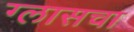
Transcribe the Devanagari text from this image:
ग्लासचा